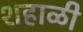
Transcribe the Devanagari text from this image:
शहाळी